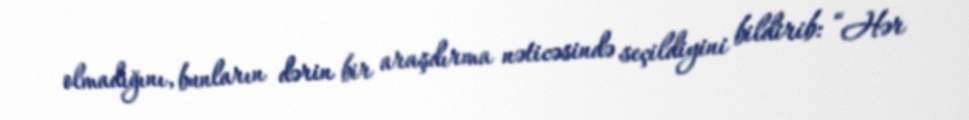
olmadığını, bunların dərin bir araşdırma nəticəsində seçildiyini bildirib: “Hər